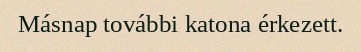
Másnap további katona érkezett.